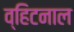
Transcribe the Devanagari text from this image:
व्हिटनाल